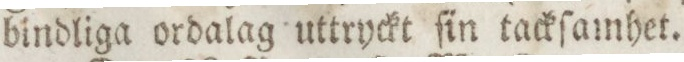
bindliga ordalag uttryckt ſin tackſamhet.